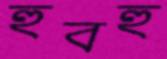
হুবহু